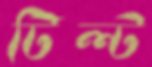
টিল্ট